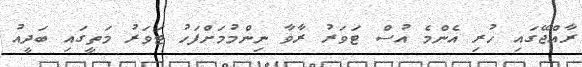
ރާއްޖޭގައި ހުރި އެންމެ އުސް ޓަވަރު ރާވާ ނިންމުމަށްފަހު ޓަވަރު މަތީގައި ބަދީއު